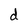
Character: d